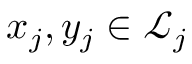
x _ { j } , y _ { j } \in { \mathcal { L } } _ { j }